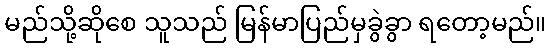
မည်သို့ဆိုစေ သူသည် မြန်မာပြည်မှခွဲခွာ ရတော့မည်။